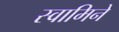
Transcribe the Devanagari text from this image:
स्वामिने